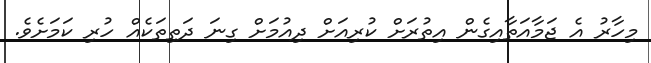
މިހާރު އެ ޖަމާއަތާއިގެން އިތުރަށް ކުރިއަށް ދިއުމަށް ގިނަ ދަތިތަކެއް ހުރި ކަމަށެވެ.